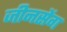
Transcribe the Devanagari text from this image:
जीनसेंग